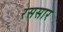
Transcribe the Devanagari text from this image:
रससार